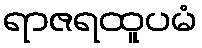
ရာဇရထူပမံ